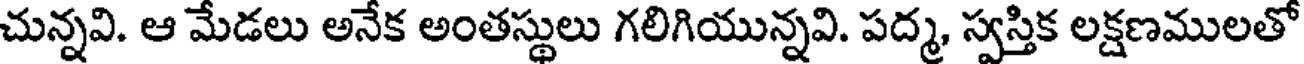
చున్నవి. ఆ మేడలు అనేక అంతస్థులు గలిగియున్నవి. పద్మ, స్వస్తిక లక్షణములతో